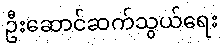
ဦးဆောင်ဆက်သွယ်ရေး